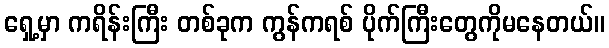
ရှေ့မှာ ကရိန်းကြီး တစ်ခုက ကွန်ကရစ် ပိုက်ကြီးတွေကိုမနေတယ်။